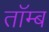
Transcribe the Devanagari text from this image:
तॉम्ब